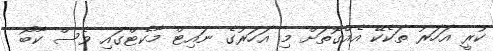
ކުރީ އަހަރު ތަކެކޭ އެއްގޮތަށް މި އަހަރުގެ ނައިޓް މާކެޓްގައި ވެސް ކާބޯ